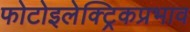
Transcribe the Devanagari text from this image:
फोटोइलेक्ट्रिकप्रभाव